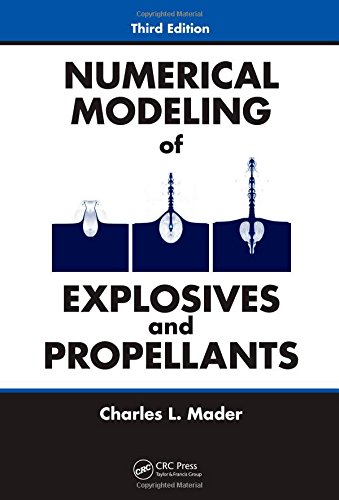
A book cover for Numerical Modeling of Explosives and Propellants, Third Edition; Charles L. Mader; Science & Math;